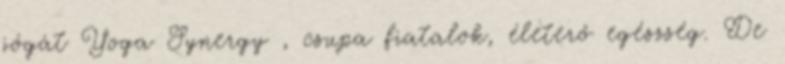
jógát Yoga Synergy , csupa fiatalok, életerő egészség. De